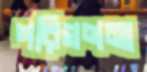
পরিগণনা